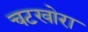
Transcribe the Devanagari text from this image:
चटखोरा